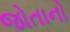
જોતાનો